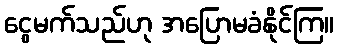
ငွေမက်သည်ဟု အပြောမခံနိုင်ကြ။